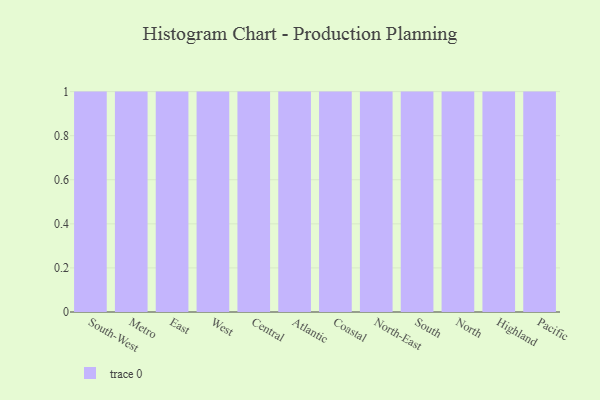
{"axis": {"x": "Region", "y": "Humidity (%)"}, "legend": [""], "data": [{"x": "South-West", "y": 18, "type": ""}, {"x": "Metro", "y": 92, "type": ""}, {"x": "East", "y": 16, "type": ""}, {"x": "West", "y": 18, "type": ""}, {"x": "Central", "y": 61, "type": ""}, {"x": "Atlantic", "y": 60, "type": ""}, {"x": "Coastal", "y": 4, "type": ""}, {"x": "North-East", "y": 35, "type": ""}, {"x": "South", "y": 58, "type": ""}, {"x": "North", "y": 33, "type": ""}, {"x": "Highland", "y": 82, "type": ""}, {"x": "Pacific", "y": 74, "type": ""}]}